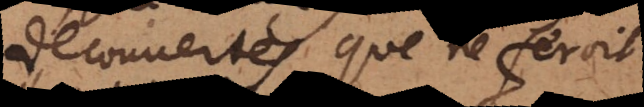
decouvertes, que ne feroit